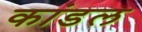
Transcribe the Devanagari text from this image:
कांडल